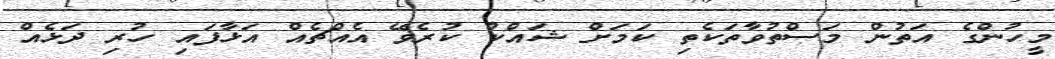
މީހުންގެ އަތުން މަސްތުވާތަކެތި ކަމަށް ޝައްކު ކުރެވޭ އެއްޗެއް އަޅާފައި ހުރި ދަޅެއް